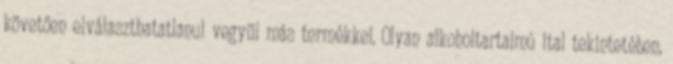
követően elválaszthatatlanul vegyül más termékkel. Olyan alkoholtartalmú ital tekintetében,